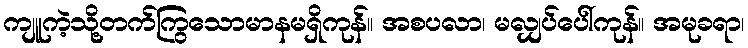
ကျူကဲ့သို့တက်ကြွသောမာနမရှိကုန်။ အစပလာ၊ မလျှပ်ပေါ်ကုန်။ အမုခရာ၊